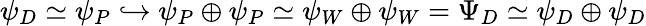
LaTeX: \psi_{D}\simeq\psi_{P}\hookrightarrow\psi_{P}\oplus\psi_{P}\simeq\psi_{W}\oplus\psi_{W}=\Psi_{D}\simeq\psi_{D}\oplus\psi_{D}